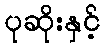
ပုဆိုးနှင့်